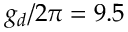
g _ { d } / 2 \pi = 9 . 5